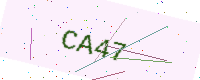
Text: CA47